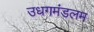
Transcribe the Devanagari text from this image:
उधगमंडलम